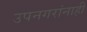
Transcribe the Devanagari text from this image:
उपनगरांनाही